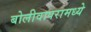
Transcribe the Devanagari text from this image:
बोलीवापरामध्ये